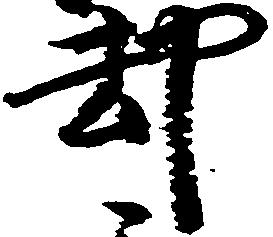
却